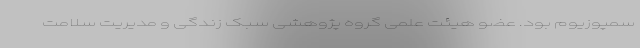
سمپوزیوم بود. عضو هیئت علمی گروه پژوهشی سبک زندگی و مدیریت سلامت